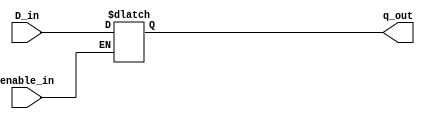
`timescale 1ns / 1ps
//////////////////////////////////////////////////////////////////////////////////
// Company: 
// Engineer: 
// 
// Design Name: 
// Module Name: lab_21_D_latch
// Project Name: 
// Target Devices: 
// Tool Versions: 
// Description: 
// 
// Dependencies: 
// 
// Revision:
// Revision 0.01 - File Created
// Additional Comments:
// 
//////////////////////////////////////////////////////////////////////////////////


module lab_21_D_latch(
                        input D_in,
                        input enable_in,
                        output reg q_out
                        );

always @*
begin
    if(enable_in)
    q_out <= D_in;

end

endmodule